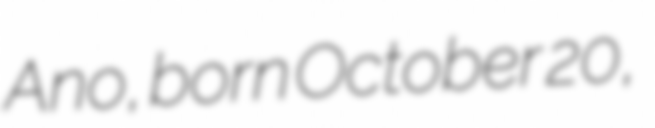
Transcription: Ano, born October 20,